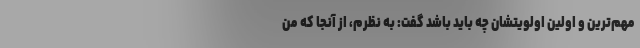
مهم‌ترین و اولین اولویتشان چه باید باشد گفت: به نظرم، از آنجا که من